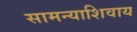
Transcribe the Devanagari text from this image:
सामन्याशिवाय